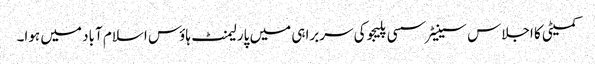
کمیٹی کا اجلاس سینیٹر سسی پلیجو کی سربراہی میں پارلیمنٹ ہاؤس اسلام آباد میں ہوا۔